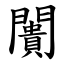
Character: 闠